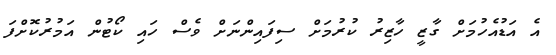
އެ އަޑުއެހުމަށް ގާޒީ ހާޒިރު ކުރުމަށް ސިފައިންނަށް ވެސް ހައި ކޯޓުން އަމުރުކޮށްފަ